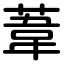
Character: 葦